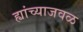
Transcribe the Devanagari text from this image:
ह्यांच्याजवळ